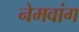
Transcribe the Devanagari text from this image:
नेमवांग